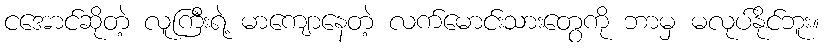
ငအောင်ဆိုတဲ့ လူကြီးရဲ့ မာကျောနေတဲ့ လက်မောင်းသားတွေကို ဘာမှ မလုပ်နိုင်ဘူး။